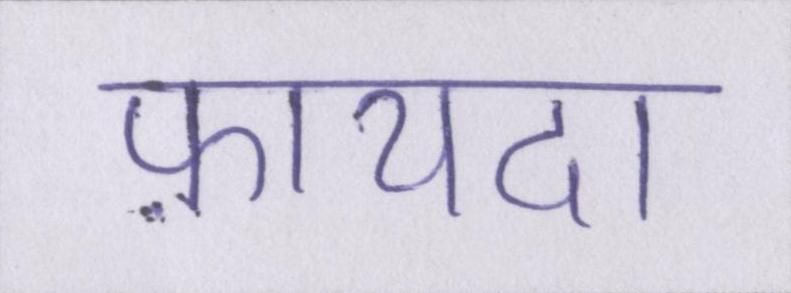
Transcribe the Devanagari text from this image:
फ़ायदा